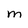
Character: M